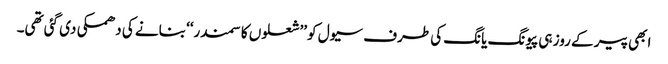
ابھی پیر کے روز ہی پیونگ یانگ کی طرف سیول کو ’’شعلوں کا سمندر‘‘ بنانے کی دھمکی دی گئی تھی۔